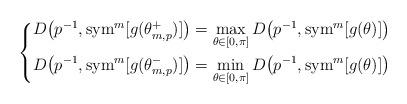
LaTeX: \begin{align*}\left\{\begin{aligned}& D\big(p^{-1},{\rm sym}^m[g(\theta^+_{m,p})]\big)=\max_{\theta\in[0,\pi]} D\big(p^{-1},{\rm sym}^m[g(\theta)]\big)\\& D\big(p^{-1},{\rm sym}^m[g(\theta^-_{m,p})]\big)=\min_{\theta\in[0,\pi]} D\big(p^{-1},{\rm sym}^m[g(\theta)]\big)\end{aligned}\right.\end{align*}